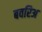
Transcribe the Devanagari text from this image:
बवरिअ